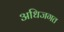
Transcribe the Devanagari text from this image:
अधिजगत